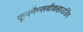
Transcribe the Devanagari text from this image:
कूपमैन्सबौकहाउडिंग